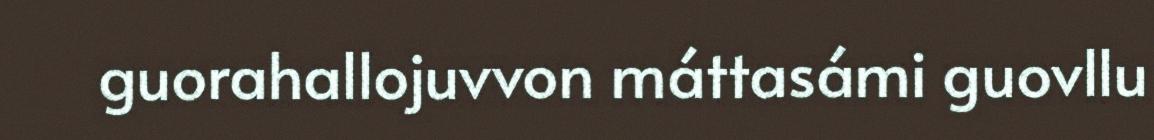
guorahallojuvvon máttasámi guovllu